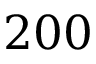
2 0 0